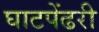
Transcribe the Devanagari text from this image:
घाटपेंढरी